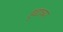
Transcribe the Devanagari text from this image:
हृद्याच्या